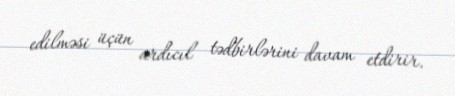
edilməsi üçün ardıcıl tədbirlərini davam etdirir.